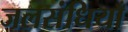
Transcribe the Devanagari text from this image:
जलसंधियाँ